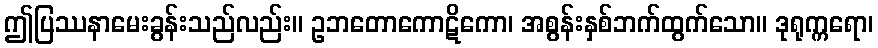
ဤပြဿနာမေးခွန်းသည်လည်း။ ဥဘတောကောဋိကော၊ အစွန်းနှစ်ဘက်ထွက်သော။ ဒုရုက္ကရော၊